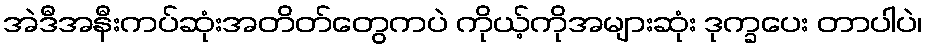
အဲဒီအနီးကပ်ဆုံးအတိတ်တွေကပဲ ကိုယ့်ကိုအများဆုံး ဒုက္ခပေး တာပါပဲ၊